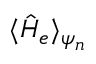
\langle \hat { H } _ { e } \rangle _ { \psi _ { n } }